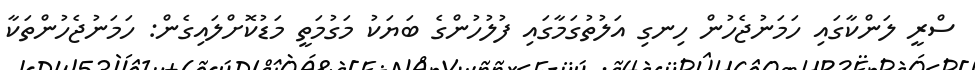
ސްރީ ލަންކާގައި ހަމަނުޖެހުން ހިނގި އަލުތުގަމާގައި ފުލުހުންގެ ބަޔަކު މަގުމަތީ މަޑުކޮށްލައިގެން: ހަމަނުޖެހުންތަކާ